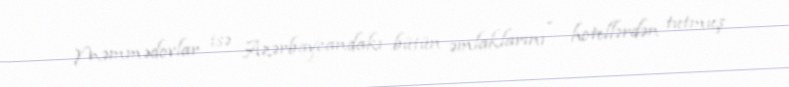
Məmmədovlar isə Azərbaycandakı bütün əmlaklarını - hotellərdən tutmuş